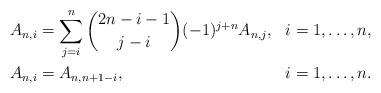
LaTeX: \begin{align*}\begin{aligned}A_{n,i} & = \sum_{j=i}^{n} \binom{2n-i-1}{j-i} (-1)^{j+n} A_{n,j}, &i=1,\ldots,n, \\A_{n,i} &= A_{n,n+1-i}, &i=1,\ldots,n.\end{aligned}\end{align*}